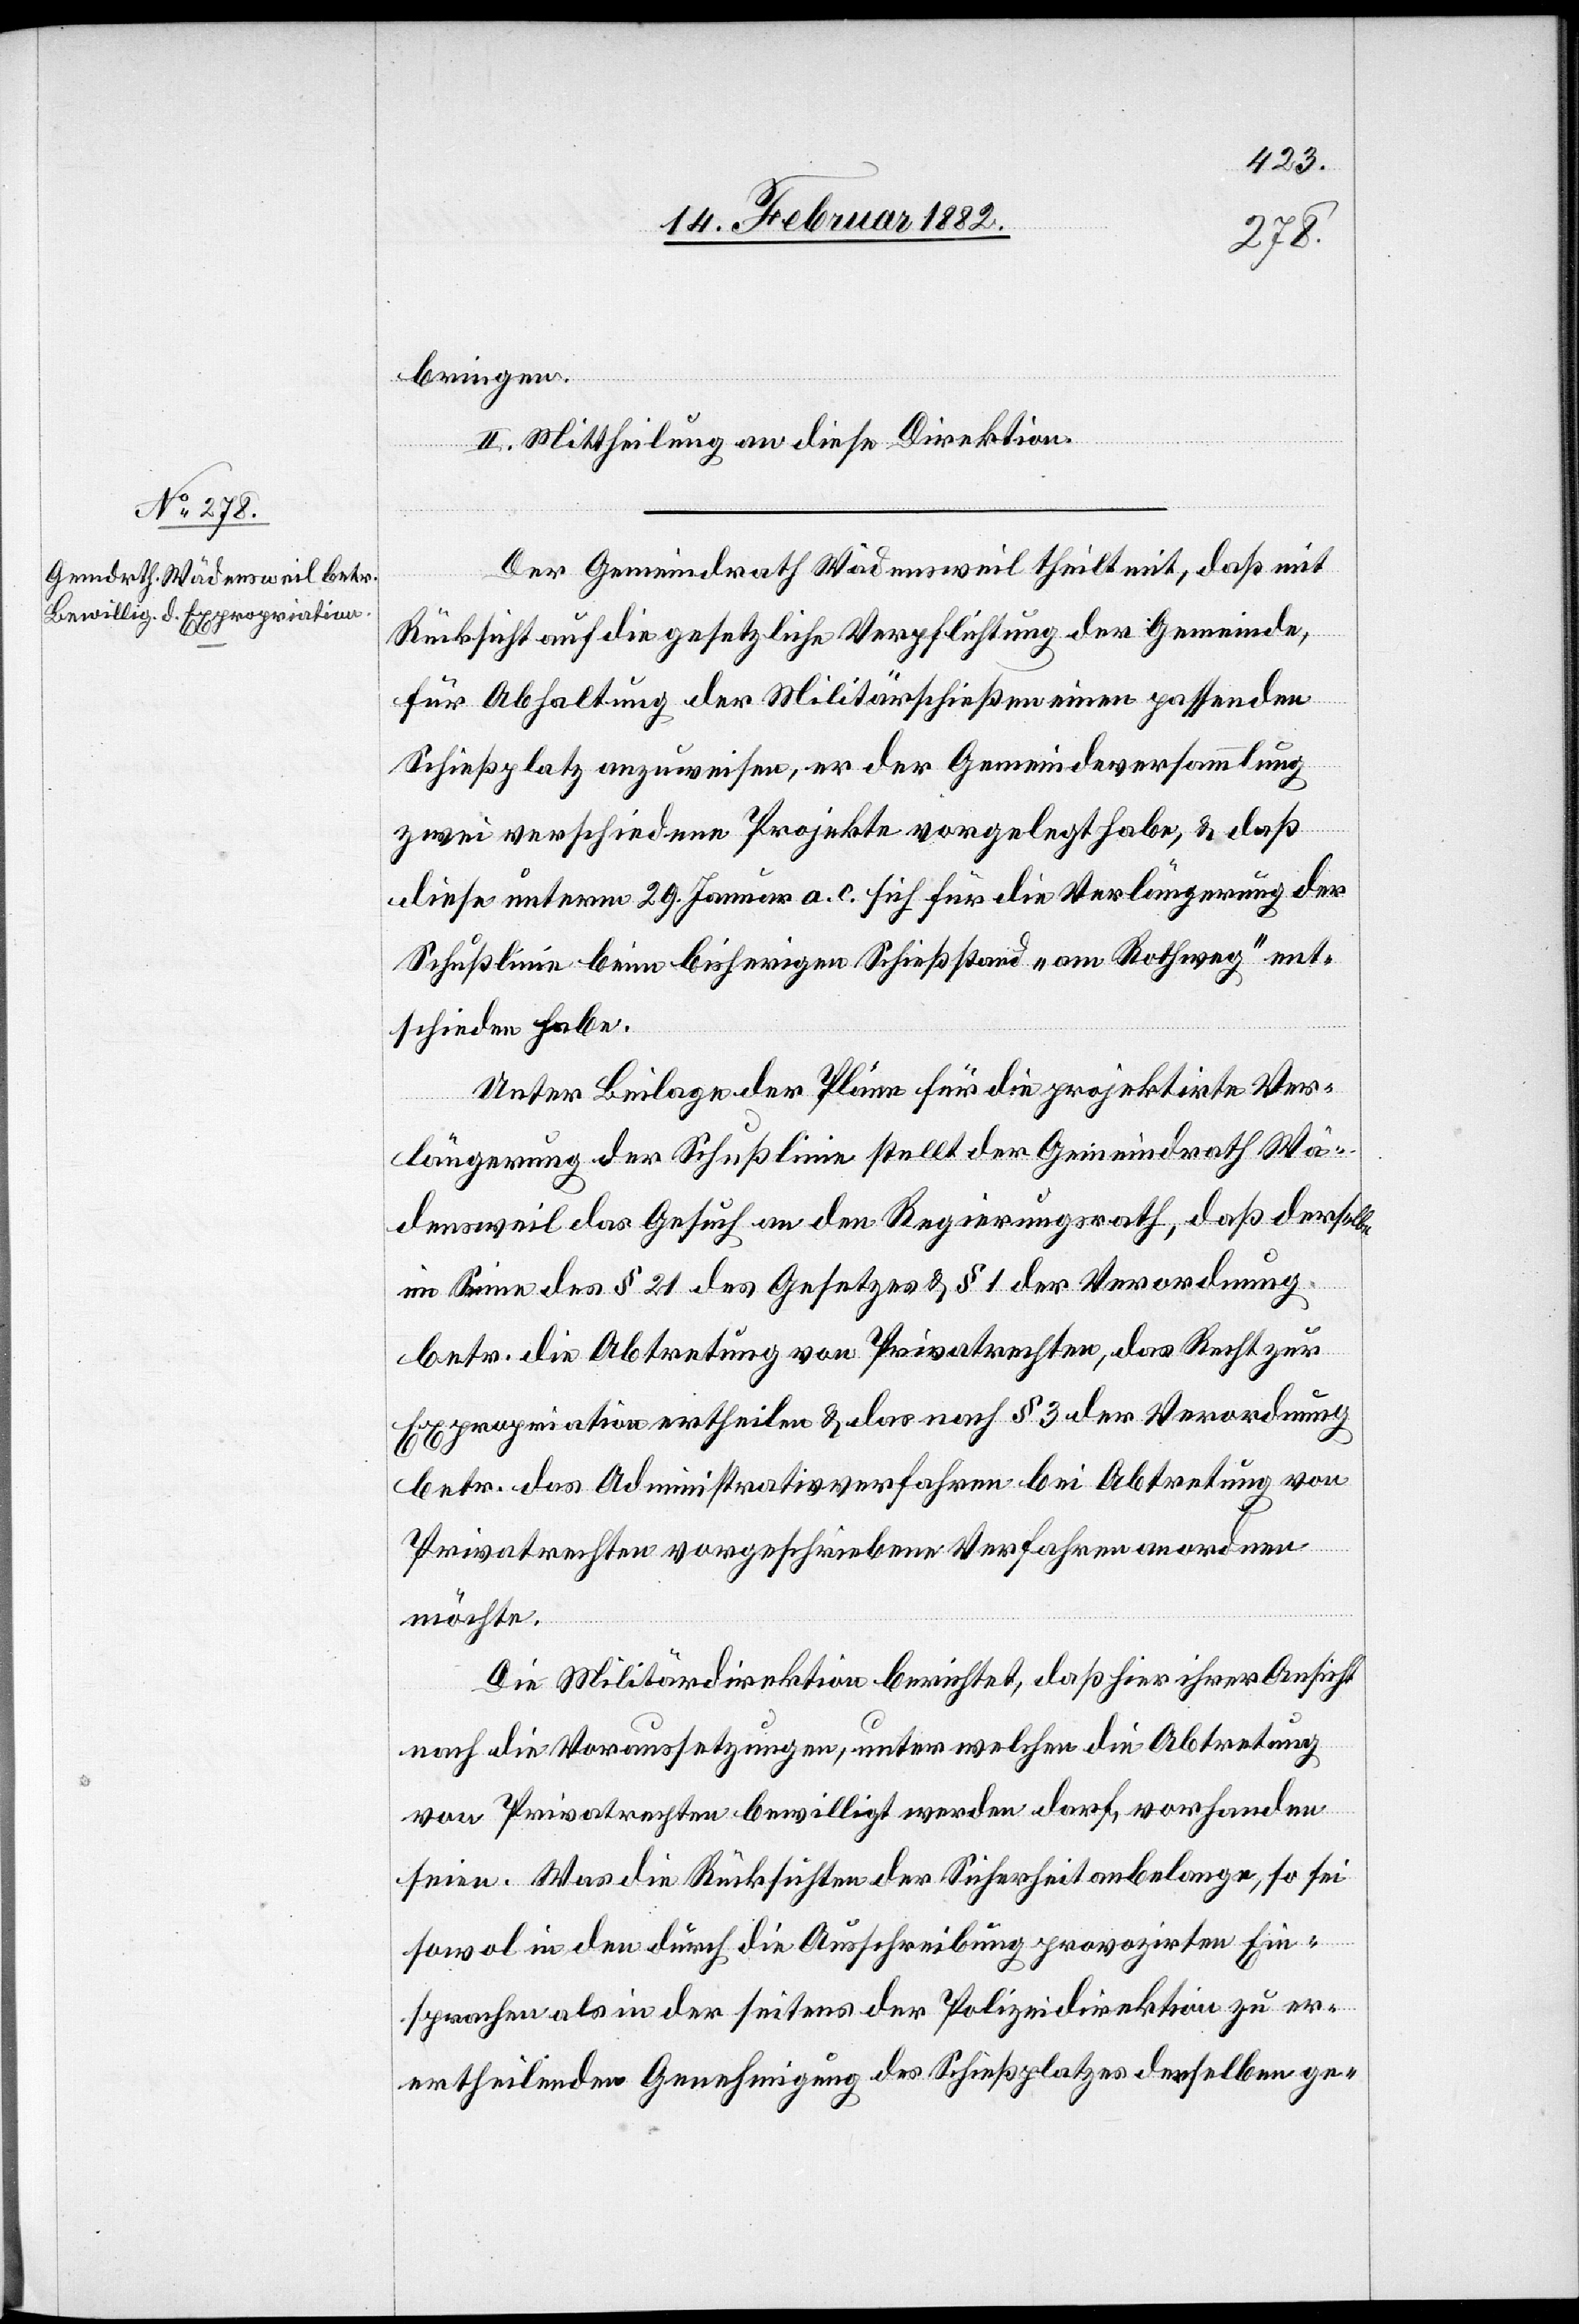
bringen.
II. Mittheilung an diese Direktion.
Der Gemeindrath Wädensweil theilt mit, daß mit
Rücksicht auf die gesetzliche Verpflichtung der Gemeinde,
für Abhaltung der Militärschießen einen passenden
Schießplatz anzuweisen, er der Gemeindeversammlung
zwei verschiedene Projekte vorgelegt habe, & daß
diese unterm 29. Januar a. c. sich für die Verlängerung der
Schußlinie beim bisherigen Schießstand „am Rothweg“ ent¬
schieden habe.
Unter Beilage der Pläne für die projektierte Ver¬
längerung der Schußlinie stellt der Gemeindrath Wä¬
densweil das Gesuch an den Regierungsrath, daß derselbe
im Sinne des § 21 des Gesetzes & § 1 der Verordnung
betr. die Abtretung von Privatrechten, das Recht zur
Expropriation ertheilen & das nach § 3 der Verordnung
betr. das Administrativverfahren bei Abtretung von
Privatrechten vorgeschriebene Verfahren anordnen
möchte.
Die Militärdirektion berichtet, daß hier ihrer Ansicht
nach die Voraussetzungen, unter welchen die Abtretung
von Privatrechten bewilligt werden darf, vorhanden
seien. Was die Rücksichten der Sicherheit anbelangen, so sei
sowol in den durch die Ausschreibung provozirten Ein¬
sprachen als in der seitens der Polizeidirektion zu er¬
ertheilenden [sic!] Genehmigung des Schießplatzes derselben ge-